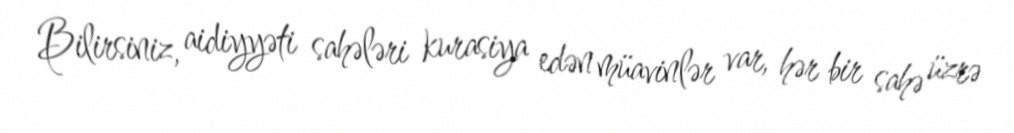
Bilirsiniz, aidiyyəti sahələri kurasiya edən müavinlər var, hər bir sahə üzrə